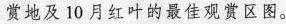
赏地及10月红叶的最佳观赏区图。